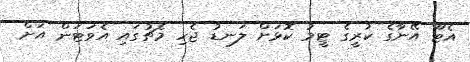
އެޓޫ އޭނާގެ ކުރީގެ ޓީމު ކޮޅަށް ލަނޑު ޖެހި މެޗުގައި އެވަޓަން އަށް